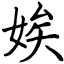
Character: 娭